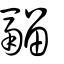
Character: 鬸